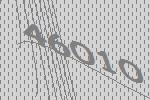
46010